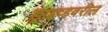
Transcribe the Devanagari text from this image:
ड्राइव्हवरील